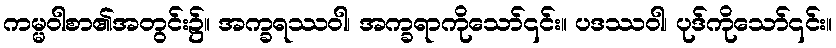
ကမ္မဝါစာ၏အတွင်း၌။ အက္ခရဿဝါ၊ အက္ခရာကိုသော်၎င်း။ ပဒဿဝါ၊ ပုဒ်ကိုသော်၎င်း။